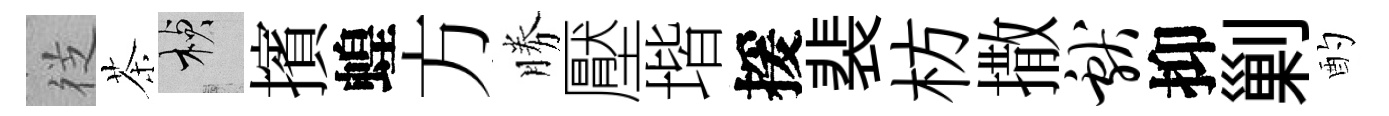
徔茶楨擯蝗方勝壓堦援裴枋撒献抑剿酌